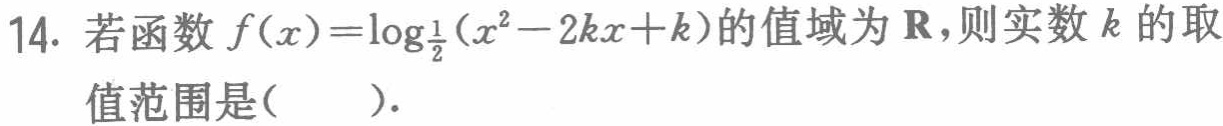
14. 若函数$f(x)=\log_{\frac{1}{2}}(x^{2}-2kx + k)$的值域为$\mathbf{R}$，则实数$k$的取值范围是(  ).